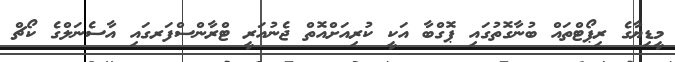
މީޑިޔާގެ ރިޕޯޓްތައް ބުނާގޮތުގައި ޕޮގްބާ އަކީ ކުރިއަށްއޮތް ޖެނުއަރީ ޓްރާންސްފަރގައި އާސެނަލްގެ ކޯޗް